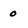
Character: o